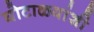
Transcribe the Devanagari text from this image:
घोटाळ्यांशी